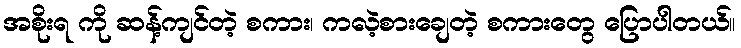
အစိုးရ ကို ဆန့်ကျင်တဲ့ စကား၊ ကလဲ့စားချေတဲ့ စကားတွေ ပြောပါတယ်။